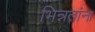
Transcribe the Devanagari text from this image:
भिन्नतांना